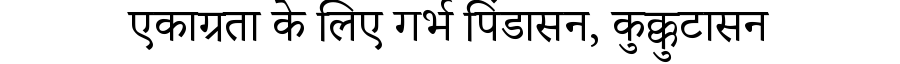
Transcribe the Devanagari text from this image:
एकाग्रता के लिए गर्भ पिंडासन, कुक्कुटासन